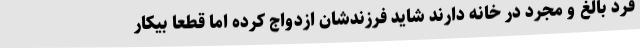
فرد بالغ و مجرد در خانه دارند شاید فرزندشان ازدواج کرده اما قطعا بیکار